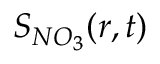
S _ { N O _ { 3 } } ( r , t )